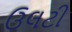
ઉલટી